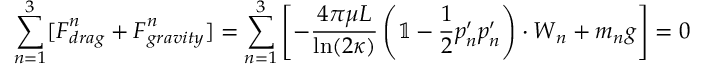
\sum _ { n = 1 } ^ { 3 } [ \boldsymbol { F } _ { d r a g } ^ { n } + \boldsymbol { F } _ { g r a v i t y } ^ { n } ] = \sum _ { n = 1 } ^ { 3 } \left[ - \frac { 4 \pi \mu L } { \ln ( 2 \kappa ) } \left( \mathbb { 1 } - \frac { 1 } { 2 } \boldsymbol { p } _ { n } ^ { \prime } \boldsymbol { p } _ { n } ^ { \prime } \right) \cdot \boldsymbol { W } _ { n } + m _ { n } \boldsymbol { g } \right] = 0